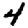
Digit: 4